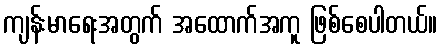
ကျန်းမာရေးအတွက် အထောက်အကူ ဖြစ်စေပါတယ်။